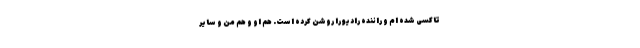
تاکسی شده ام و راننده رادیو را روشن کرده است. هم او و هم من و سایر